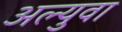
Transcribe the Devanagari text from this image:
अल्युवा